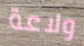
ولاعة